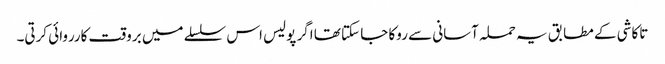
تاکاشی کے مطابق یہ حملہ آسانی سے روکا جا سکتا تھا اگر پولیس اس سلسلے میں بروقت کارروائی کرتی۔